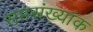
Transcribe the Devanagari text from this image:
समसंख्यांक